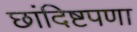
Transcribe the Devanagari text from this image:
छांदिष्टपणा